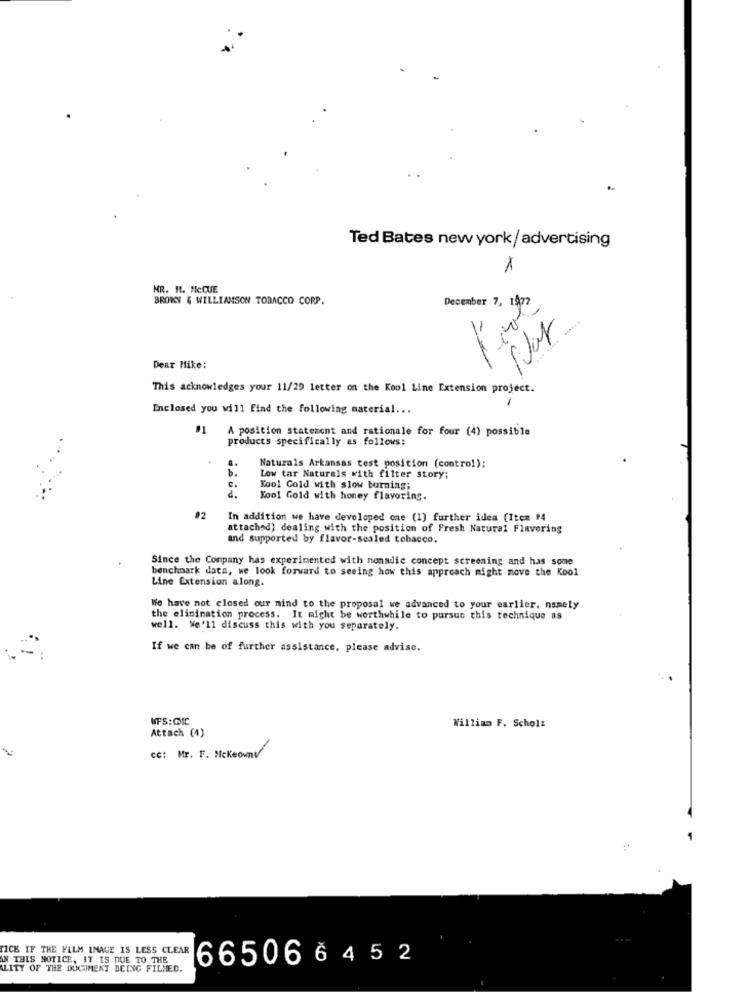
Ted Bates new york/ advertising
NR. 11. MCCUE
BROWN & WILLIAMSON TOBACCO CORP.
--
Dear Mike:
This acknowledges your 11/29 letter on the Kool Line Extension project.
Enclosed you will find the following material ...
A position statement and rationale for four (4) possible
products specifically as follows:
Naturals Arkansas test position (contro!);
Low tar Naturals with filter story;
e.
Kool Gold with slow burning;
d.
Kool Gold with honey flavoring.
92
In addition we have developed one (1) further idea (Item #4
attached) dealing with the position of Fresh Natural Flavoring
and supported by flavor-scaled tobacco.
Since the Company has experimented with monadic concept screening and has some
benchmark data, we look forward to seeing how this approach might move the Kool
Line Extension along.
We have not closed our mind to the proposal we advanced to your earlier, namely
the elimination process. It might be worthwhile to pursue this technique as
well. We'll discuss this with you separately.
If we can be of further assistance, please advise.
..
NFS:CMC
William F. Scholz
Attach (4)
cc: Mr. F. Mckeowny
TICE IF THE FILM IMAGE IS LESS CLEAR
AN THIS NOTICE, IT IS DUE TO THE
665066452
ALITY OF THE DUGIMENT DEING FILMED.